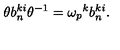
\theta b _ { n } ^ { k i } \theta ^ { - 1 } = { \omega _ { p } } ^ { k } b _ { n } ^ { k i } .